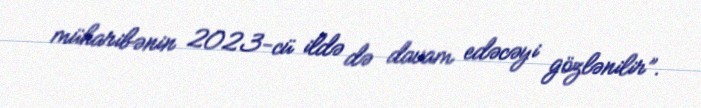
müharibənin 2023-cü ildə də davam edəcəyi gözlənilir”.